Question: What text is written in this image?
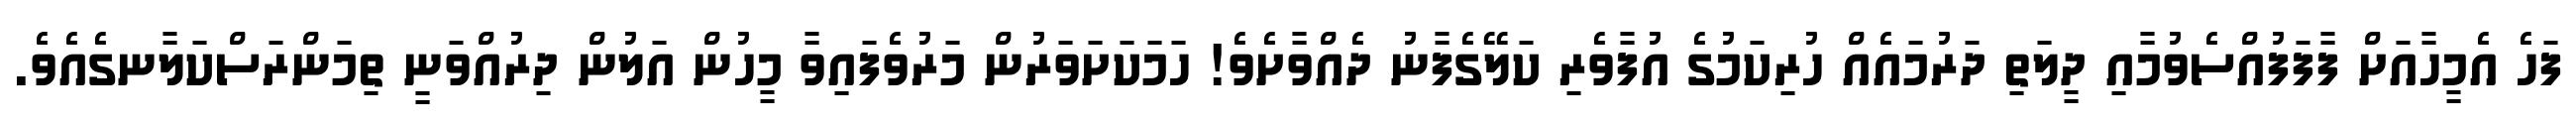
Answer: ފަހެ އެމީހާއަށް ފާފަފުއްސެވުމާއި ދީލަތި ދަރުމައެއް ހުރިކަމުގެ އުފާވެރި ކަލޭގެފާނު ދެއްވާށެވެ! ހަމަކަށަވަރުން މަރުވެފައިވާ މީހުން އަލުން ދިރުއްވަނީ ތިމަންރަސްކަލާނގެއެވެ.